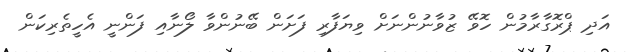
އަދި ޕްރޮގާރާމުން ހޮވޭ ޒުވާނުންނަށް ވިޔަފާރި ފަށަން ބޭނުންވާ ލޯނާއި ފަންނީ އެހީތެރިކަން